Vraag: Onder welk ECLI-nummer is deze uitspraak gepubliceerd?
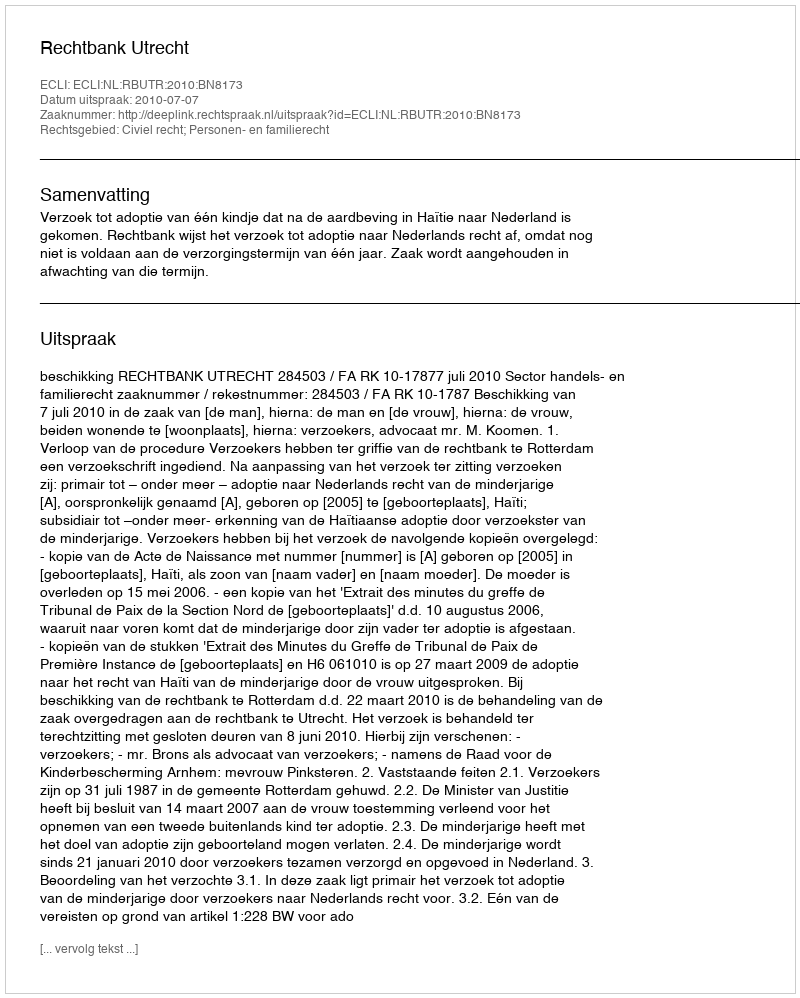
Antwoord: ECLI:NL:RBUTR:2010:BN8173